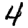
Digit: 4